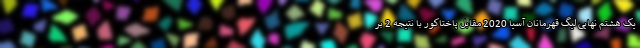
یک هشتم نهایی لیگ قهرمانان آسیا 2020 مقابل پاختاکور با نتیجه 2 بر